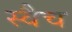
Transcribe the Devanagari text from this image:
स्वैच